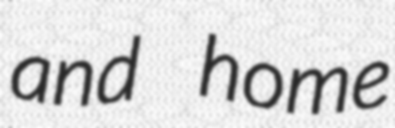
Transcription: and home